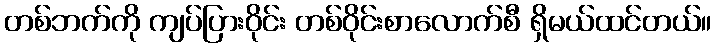
တစ်ဘက်ကို ကျပ်ပြားဝိုင်း တစ်ဝိုင်းစာလောက်စီ ရှိမယ်ထင်တယ်။